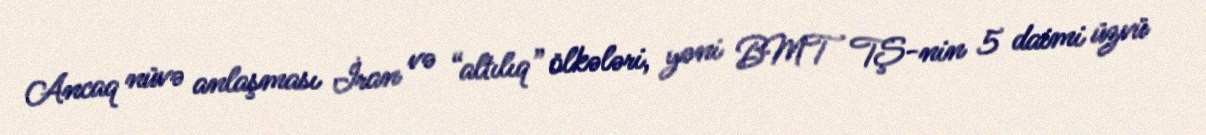
Ancaq nüvə anlaşması İran və “altılıq” ölkələri, yəni BMT TŞ-nin 5 daimi üzvü